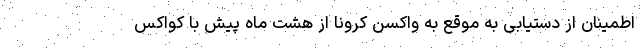
اطمینان از دستیابی به موقع به واکسن کرونا از هشت ماه پیش با کواکس